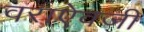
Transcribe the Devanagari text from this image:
वराऐवजी